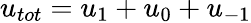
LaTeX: u_{tot}=u_{1}+u_{0}+u_{-1}